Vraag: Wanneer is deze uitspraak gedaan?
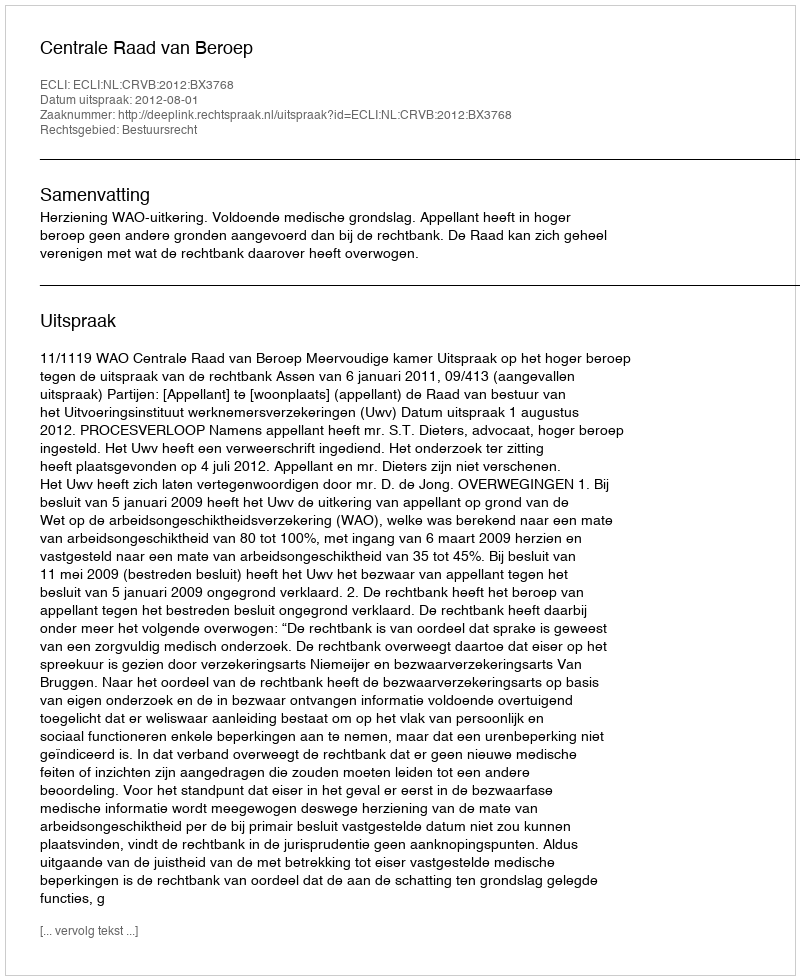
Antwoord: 2012-08-01